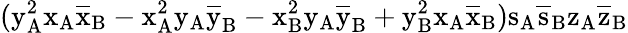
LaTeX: (\mathrm{y_{A}^{2}\mathrm{x_{A}\mathrm{\overline{{x}}_{B}-\mathrm{x_{A}^{2}\mathrm{y_{A}\mathrm{\overline{{y}}_{B}-\mathrm{x_{B}^{2}\mathrm{y_{A}\mathrm{\overline{{y}}_{B}+\mathrm{y_{B}^{2}\mathrm{x_{A}\mathrm{\overline{{x}}_{B})\mathrm{s_{A}\mathrm{\overline{{s}}_{B}\mathrm{z_{A}\mathrm{\overline{{z}}_{B}}}}}}}}}}}}}}}}}